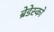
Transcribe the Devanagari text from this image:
ब्रेडेस्को